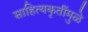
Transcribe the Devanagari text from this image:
साहित्यकृतींमुळे